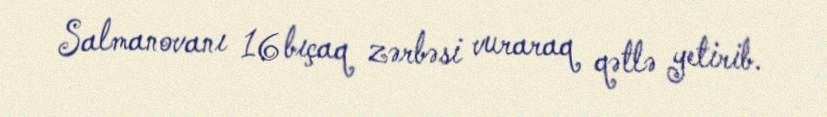
Salmanovanı 16 bıçaq zərbəsi vuraraq qətlə yetirib.